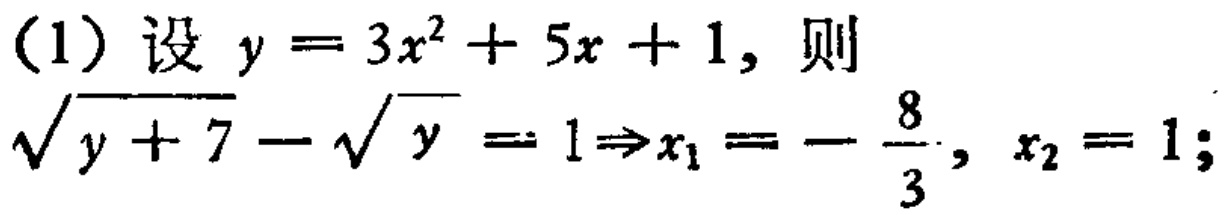
(1) 设 \(y = 3x^{2}+5x + 1\), 则
\(\sqrt{y + 7}-\sqrt{y}=1\Rightarrow x_{1}=-\frac{8}{3}, x_{2}=1;\)